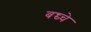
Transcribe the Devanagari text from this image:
बच्च्चे